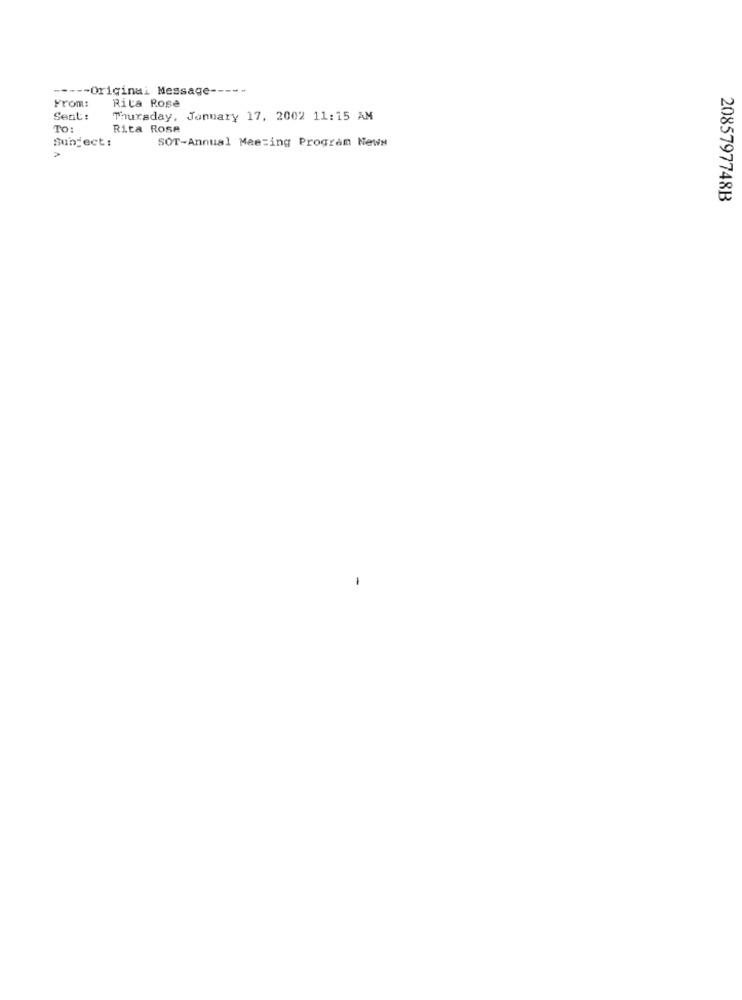
----- Original Message -----
From:
Rita Rose
Sent:
Thursday, January 17, 2002 11:15 AM
TO:
Rita Rose
Subject:
SOT-Annual Meeting Program News
2085797748B